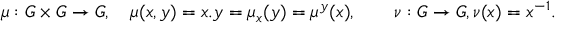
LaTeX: \mu : G \times G \to G , \quad \mu ( x , y ) = x . y = \mu _ { x } ( y ) = \mu ^ { y } ( x ) , \qquad \nu : G \to G , \nu ( x ) = x ^ { - 1 } .